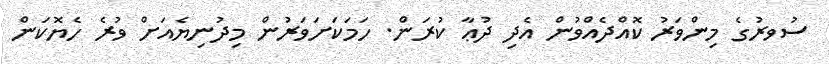
ސުވރުގެ މިންވަރު ކޮއްދެއްވުން އެދި ދުޢާ ކުރަން. ހަމަކަށަވަރުން މިދުނިޔެއަށް ވުރެ ހެޔޮކަން